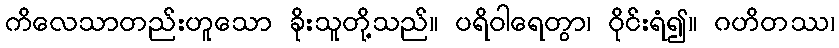
ကိလေသာတည်းဟူသော ခိုးသူတို့သည်။ ပရိဝါရေတွာ၊ ဝိုင်းရံ၍။ ဂဟိတဿ၊